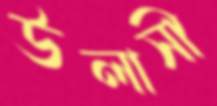
উলাসী